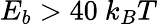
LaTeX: E_{b}>40~k_{B}T